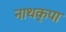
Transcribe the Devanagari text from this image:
नाथकृपा